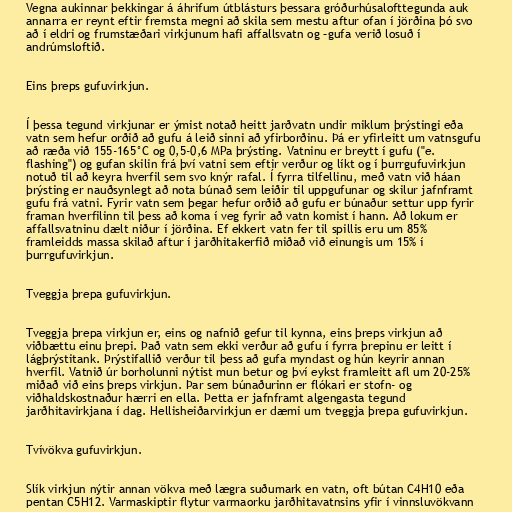
Vegna aukinnar þekkingar á áhrifum útblásturs þessara gróðurhúsalofttegunda auk
annarra er reynt eftir fremsta megni að skila sem mestu aftur ofan í jörðina þó svo
að í eldri og frumstæðari virkjunum hafi affallsvatn og –gufa verið losuð í
andrúmsloftið.

Eins þreps gufuvirkjun.

Í þessa tegund virkjunar er ýmist notað heitt jarðvatn undir miklum þrýstingi eða
vatn sem hefur orðið að gufu á leið sinni að yfirborðinu. Þá er yfirleitt um vatnsgufu
að ræða við 155-165°C og 0,5-0,6 MPa þrýsting. Vatninu er breytt í gufu ("e.
flashing") og gufan skilin frá því vatni sem eftir verður og líkt og í þurrgufuvirkjun
notuð til að keyra hverfil sem svo knýr rafal. Í fyrra tilfellinu, með vatn við háan
þrýsting er nauðsynlegt að nota búnað sem leiðir til uppgufunar og skilur jafnframt
gufu frá vatni. Fyrir vatn sem þegar hefur orðið að gufu er búnaður settur upp fyrir
framan hverfilinn til þess að koma í veg fyrir að vatn komist í hann. Að lokum er
affallsvatninu dælt niður í jörðina. Ef ekkert vatn fer til spillis eru um 85%
framleidds massa skilað aftur í jarðhitakerfið miðað við einungis um 15% í
þurrgufuvirkjun.

Tveggja þrepa gufuvirkjun.

Tveggja þrepa virkjun er, eins og nafnið gefur til kynna, eins þreps virkjun að
viðbættu einu þrepi. Það vatn sem ekki verður að gufu í fyrra þrepinu er leitt í
lágþrýstitank. Þrýstifallið verður til þess að gufa myndast og hún keyrir annan
hverfil. Vatnið úr borholunni nýtist mun betur og því eykst framleitt afl um 20-25%
miðað við eins þreps virkjun. Þar sem búnaðurinn er flókari er stofn- og
viðhaldskostnaður hærri en ella. Þetta er jafnframt algengasta tegund
jarðhitavirkjana í dag. Hellisheiðarvirkjun er dæmi um tveggja þrepa gufuvirkjun.

Tvívökva gufuvirkjun.

Slík virkjun nýtir annan vökva með lægra suðumark en vatn, oft bútan C4H10 eða
pentan C5H12. Varmaskiptir flytur varmaorku jarðhitavatnsins yfir í vinnsluvökvann